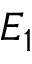
E _ { 1 }